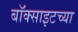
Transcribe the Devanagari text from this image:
बॉक्साइटच्या